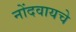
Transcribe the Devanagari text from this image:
नोंदवायचेे